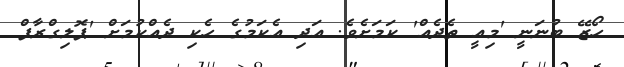
ހޯޒޭ ބުނަނީ 'މިއީ ތެދެއް' ކަމަށެވެ. އަދި އެކަމުގެ ހެކި ދެއްކުމަށް 'ޕޮލިގްރާފް